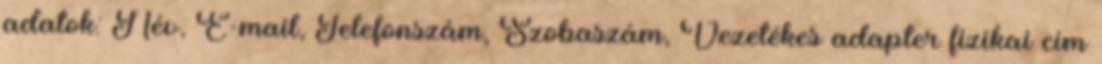
adatok: Név, E-mail, Telefonszám, Szobaszám, Vezetékes adapter fizikai cím